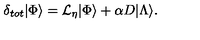
\delta _ { t o t } | \Phi \rangle = { \cal L } _ { \eta } | \Phi \rangle + \alpha D | \Lambda \rangle .